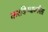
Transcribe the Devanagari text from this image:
करविण्याकरितां